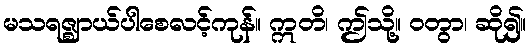
မသရဇ္ဈာယ်ပါစေလင့်ကုန်။ ဣတိ၊ ဤသို့။ ဝတွာ၊ ဆို၍။